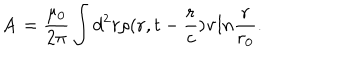
LaTeX: { \bf A } = { \frac { \mu _ { 0 } } { 2 \pi } } \int d ^ { 2 } r \rho ( { \bf r } , t - { \frac { r } { c } } ) { \bf v } l n { \frac { r } { r _ { 0 } } } .